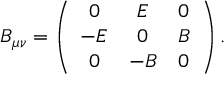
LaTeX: B _ { \mu \nu } = \left( \begin{array} { c c c } { { 0 } } & { { E } } & { { 0 } } \\ { { - E } } & { { 0 } } & { { B } } \\ { { 0 } } & { { - B } } & { { 0 } } \end{array} \right) .